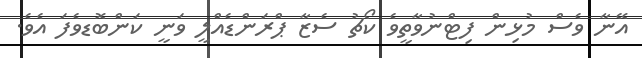
އޭނާ ވެސް މުޅިން ފިޓްނުވާތީވެ ކޯޗު ސެޒާ ޕްރަންޑެއްްލީ ވަނީ ކަންބޮޑވެފަ އެވެ.